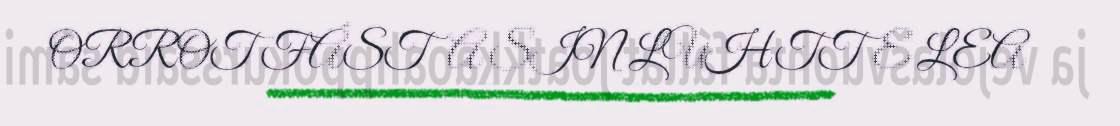
ORROT FÁSTA SIN LUHTTE LEA